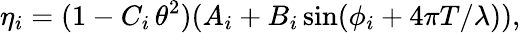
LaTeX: \eta_{i}=(1-C_{i}\, \theta^{2})(A_{i}+B_{i}\sin(\phi_{i}+4\pi T/\lambda)),